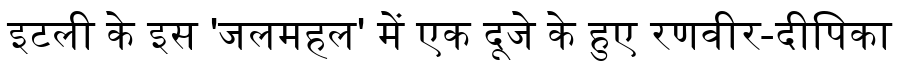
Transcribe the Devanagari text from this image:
इटली के इस 'जलमहल' में एक दूजे के हुए रणवीर-दीपिका